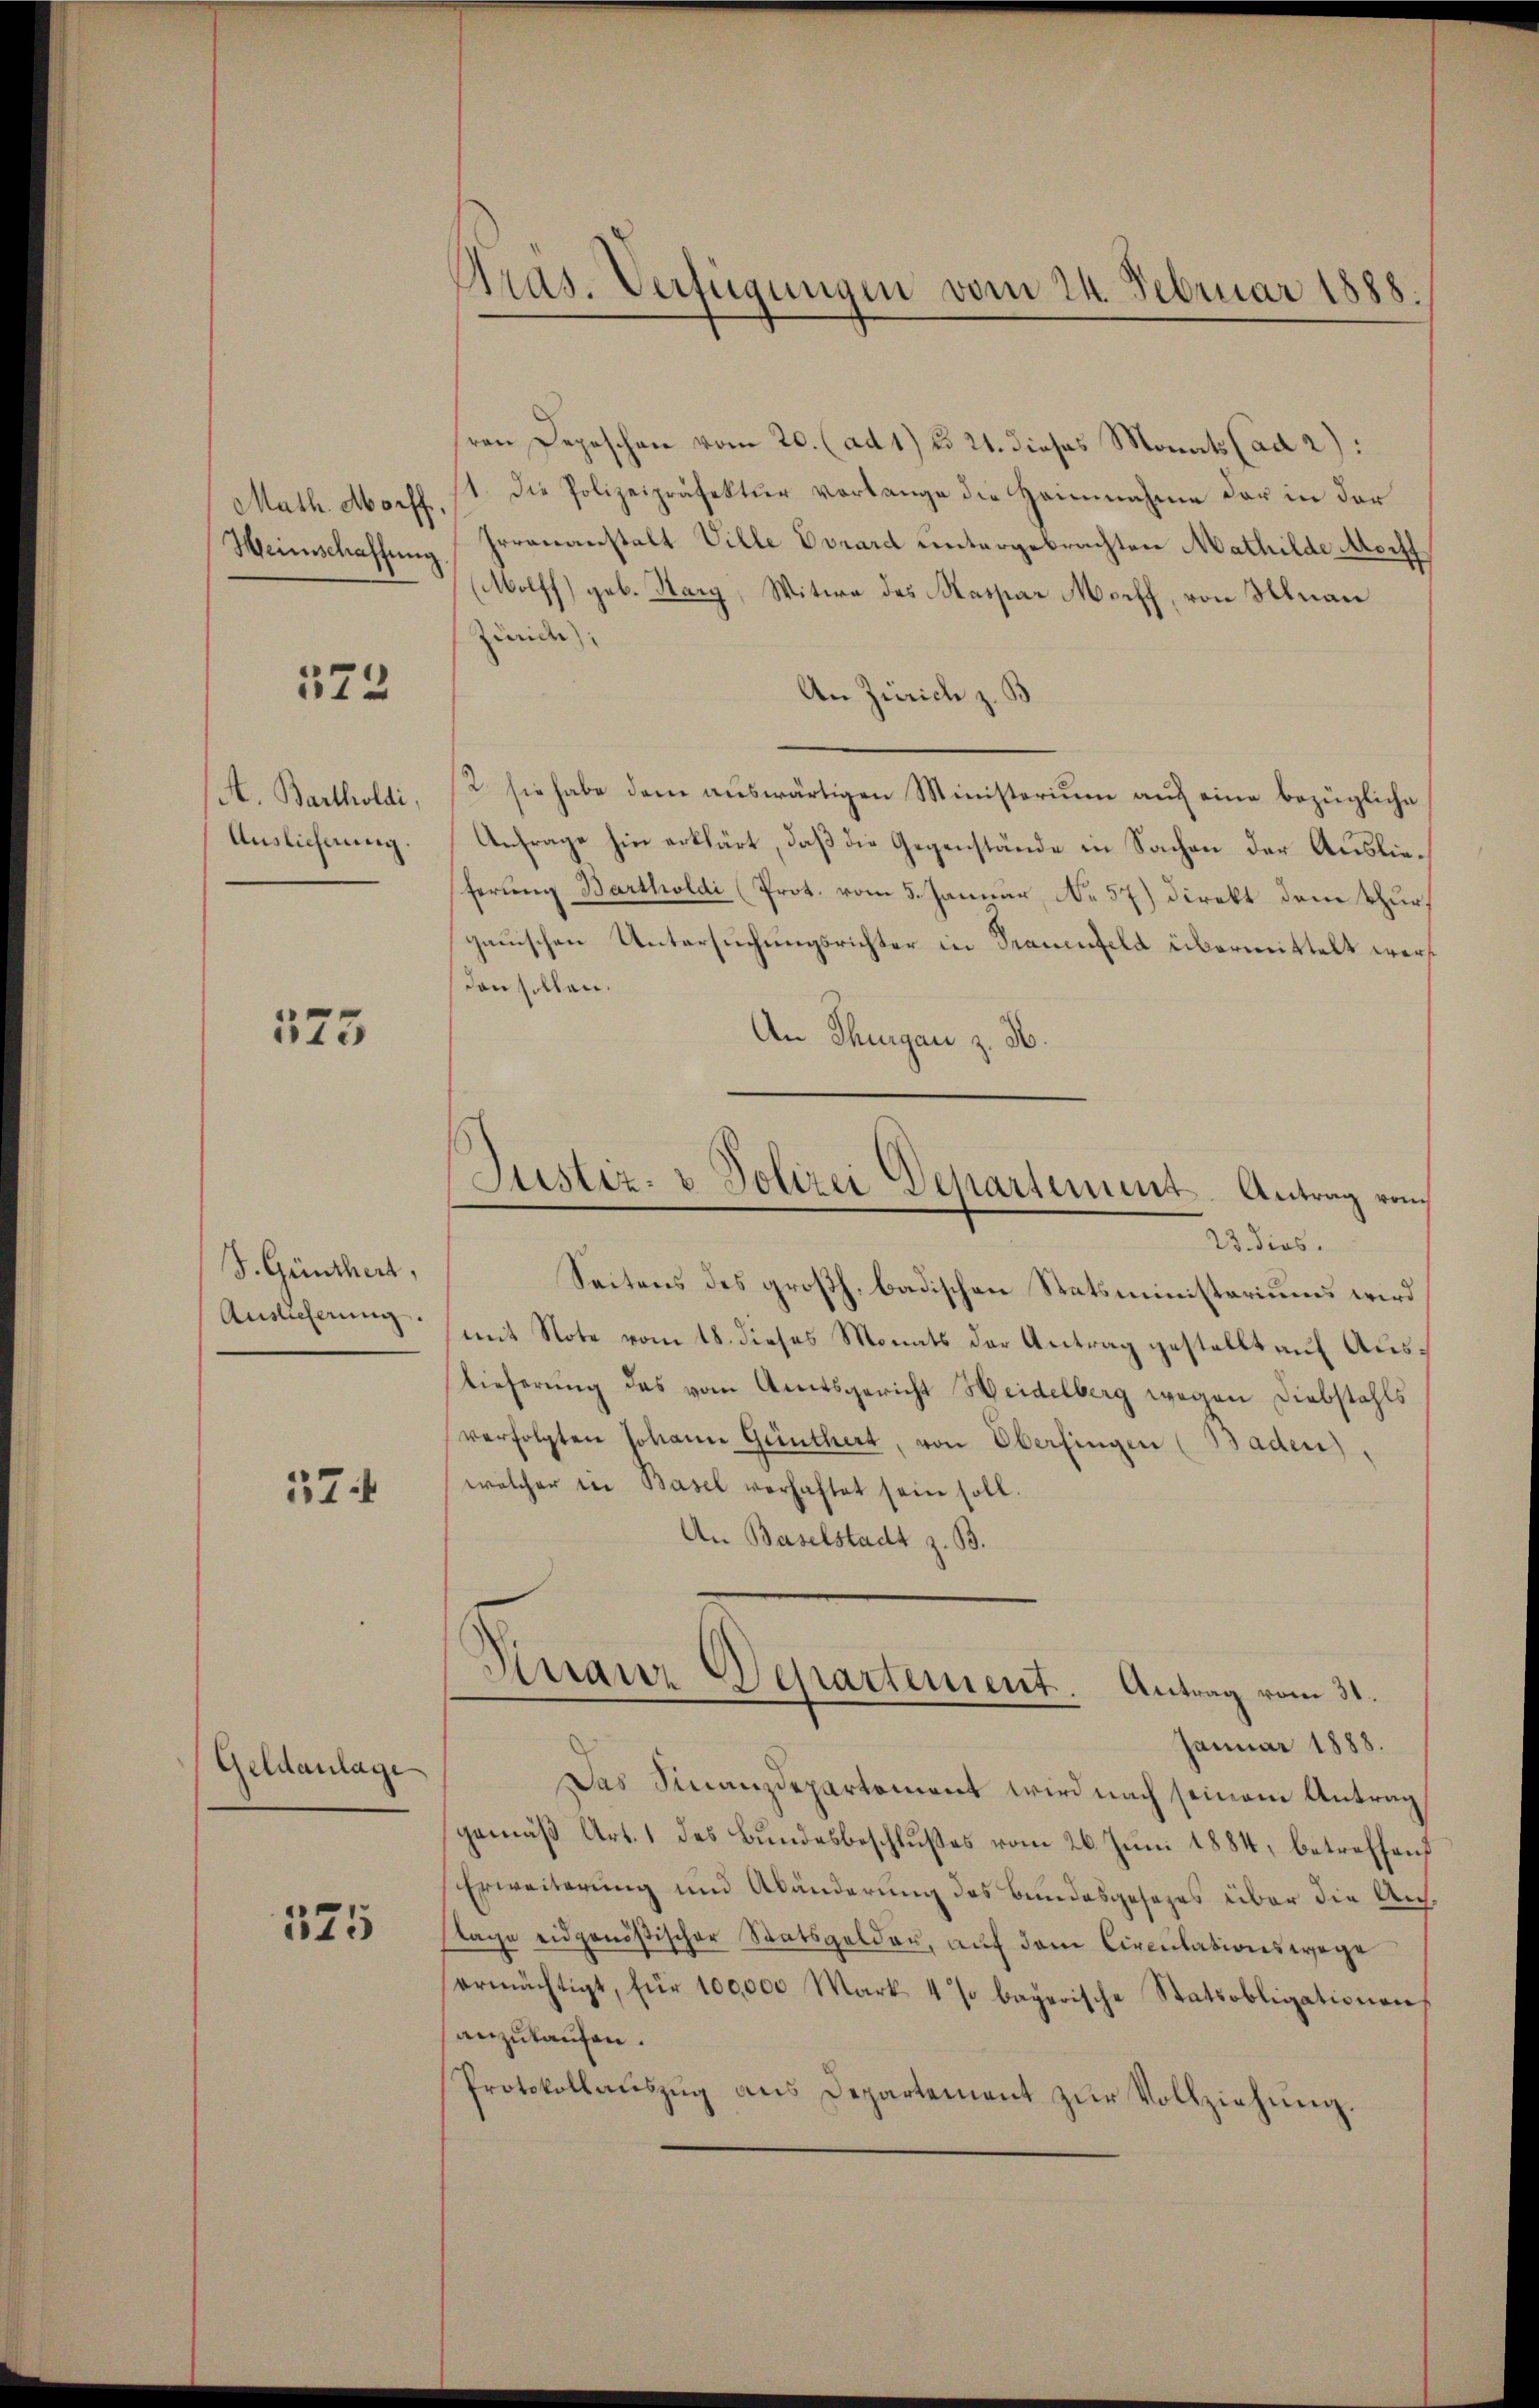
Math. Morff,
Hennschaffung

572

A. Bartholdi,
Auslieferung.

575

S. Günthert,
Auslieferung

37.

Geldanlage

325

Gras. Verfügungen vom 24. Februar 1888.

ren Depeschen vom 20. (ad 1) § 21. dieses Monats (ad 2):
1. Die Polizeipräfektur vorlange die Heinnahme der in der
Irrananstalt Ville Evrard untergebrachten Mathilde Macht
(Molff) geb. Hary, Witwe des Maspar Morff, von Hinau
Zürich),
An Zürich z. B
2. sie habe dem auswärtigen Ministerium auch eine bezügliche
Anfrage hin erklärt, daß die Gegenstände in Sachen der Auslieferung Bartholdi (Prot. vom 5. Januar, No 57) Direkt dem Thurgauischen Untersuchungsrichter in Sanenfeld übermittelt werden sollen.
An Thurgau z. B.
Seitens des großh. badischen Statsministeriums wird
mit Note vom 18. dieses Monats der Antrag gestellt auf Auslieferung des vom Amtsgericht Heidelberg wegen Diebstahls
verfolgten Johann Günthert, von Oberfingen (Baden).
welcher in Basel verhaftet sein soll.
An Baselstadt z. B.
Veranz Departement Antrag vom 31.
Januar 1888.
Das Finanzdepartement wird nach seinem Antrag
gemäß Art. 1 des Bundesbeschlußes vom 26. Juni 1884, betreffend
Erweiterung und Abänderung des Bundesgesezes über die Ausslage eidgenößischer Saatsgelder, auf dem Circulationswege
ermächtigt, für 100,000 Mark 4 % bagarische Statsobligationen
anzukaufen.
Protokollaŭszŭg ans Departement zŭr Vollziehŭng.

Justiz- & Polizei Departement-Antrag von
23. dies.